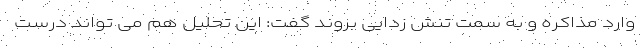
وارد مذاکره و به سمت تنش زدایی بروند گفت: این تحلیل هم می تواند درست